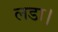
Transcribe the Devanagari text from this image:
लडा।